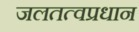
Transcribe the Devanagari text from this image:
जलतत्वप्रधान